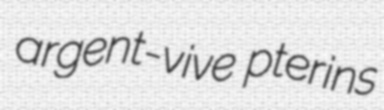
argent-vive pterins